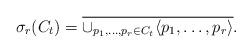
LaTeX: \begin{align*}\sigma_r(C_t)=\overline{\cup_{p_1,\ldots,p_r\in C_t}\langle p_1,\ldots,p_r\rangle}.\end{align*}